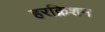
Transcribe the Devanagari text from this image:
हरक्रिशन